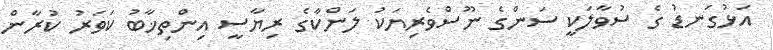
އަޅުގަނޑު ގެ ސުވާލަކީ ސަންގެ ނޫސްވެރިޔަކު ލަންކާގެ ރިޔާސީ އިންތިޚާބު ކަވަރު ކުރާން